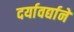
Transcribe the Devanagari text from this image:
दर्यावर्द्याने